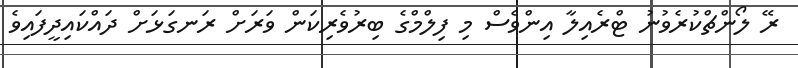
ރޭ ލޯންޗްކުރެވުނު ޓްރެއިލާ އިންވެސް މި ފިލްމްގެ ބިރުވެރިކަން ވަރަށް ރަނގަޅަށް ދައްކައިދީފައިވެ